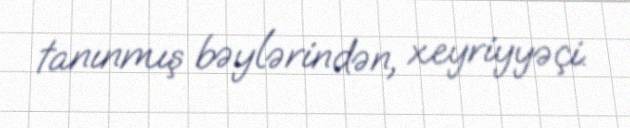
tanınmış bəylərindən, xeyriyyəçi.